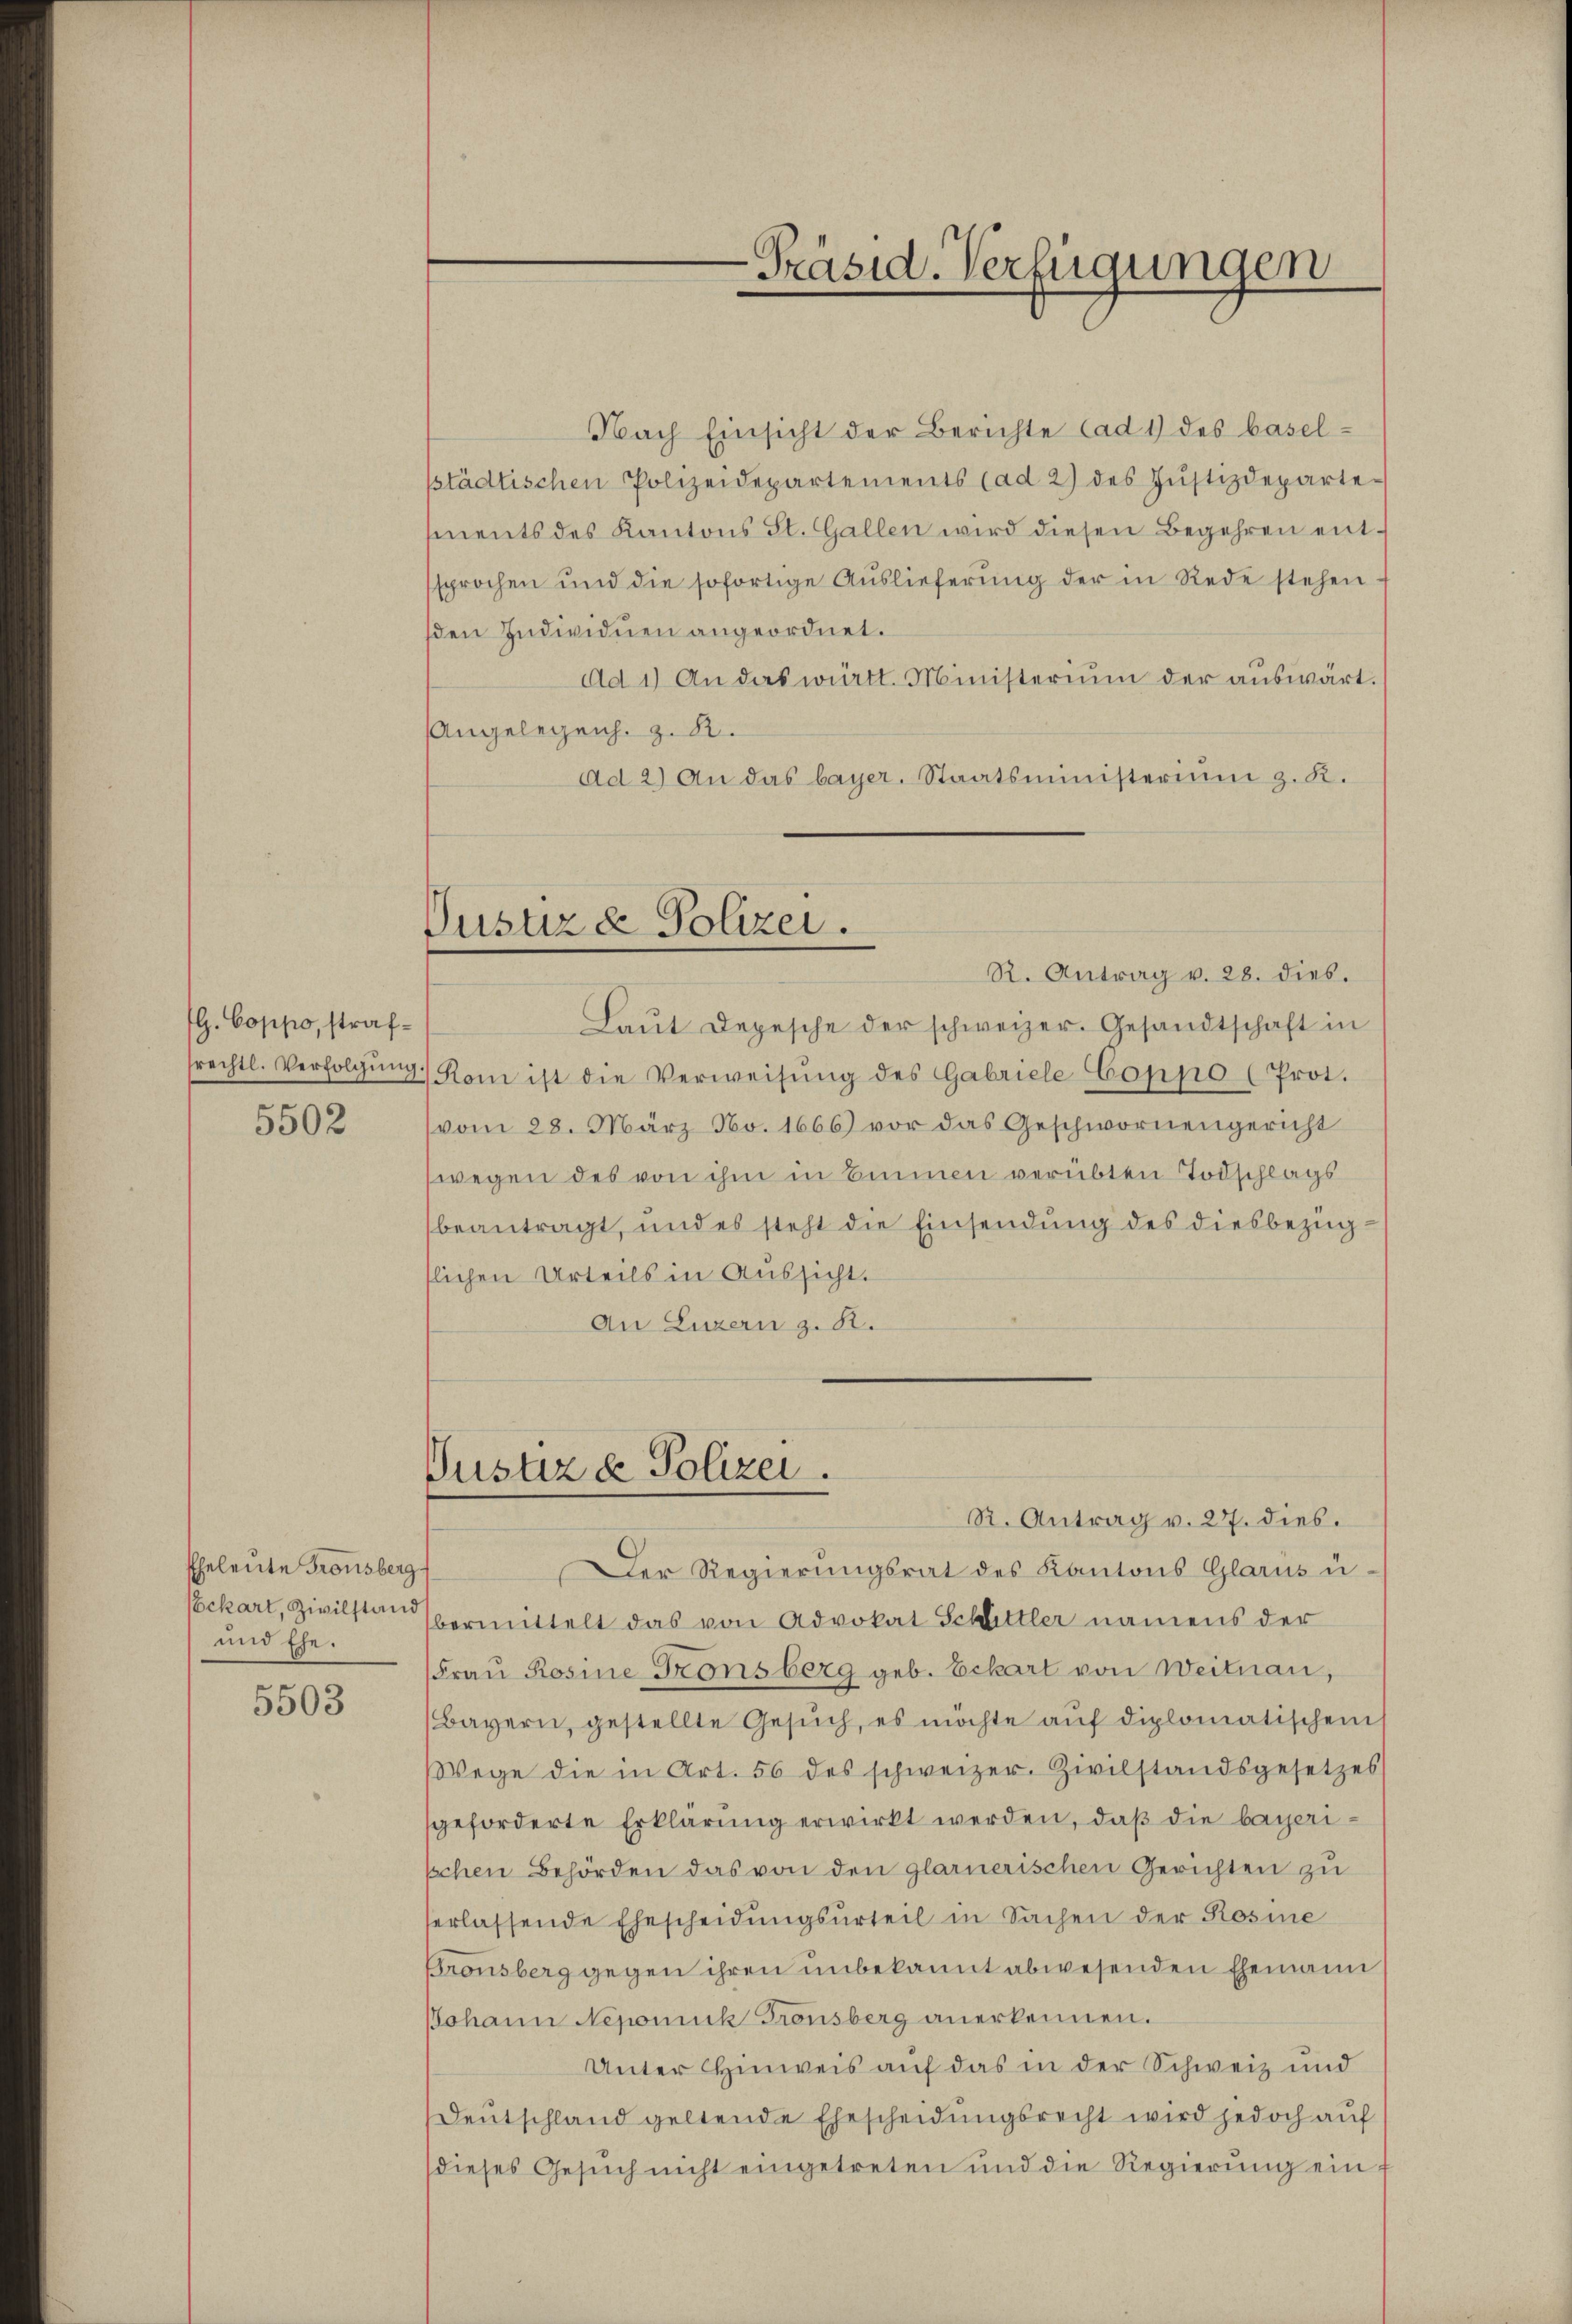
G. Coppo, straf¬
5502

Eheleute Fronsberg
und Ehe.

5503

Nach Einsicht der Berichte ad 1) des baselptädtischen Polizeidepartements (ad 2) des Jŭstizdeparte-
mments des Kantons St. Gallen wird diesen Begehren entsprochen und die sofortige Auslieferung der in Rede stehen
sden Individuen angeordnet.
Ad 1) An das württ. Ministerium der auswärt.
Angelegens. z. B.
Ad 2) An das bayer. Staatsministerium z. R.
Justiz & Polizei.
R. Antrag v. 28. dies.
Laŭt Depesche der schweizer. Gesandtschaft in
srechtl. Verfolgŭng: Rom ist die Verweisŭng des Gabriele Coppo (Prot.
vom 28. März No. 1666) vor das Geschwornengericht
wegen des von ihm in Einnen verübten Todschlags
beantragt, und es steht die Einsendung des diesbezug
slichen Urteils in Aussicht.
An Luzern z. B.

-Präsid. Verfügungen

Pustiz & Polizei.
R. Antrag v. 27. dies.

Der Regierungsrat des Kantons Glarus u
ckart, Zivilstan vermittelt das von Advokat Schlittler namens der
Frau Rosine Fronsberg geb. Eckart von Weitnau,
(Bayern, gestellte Gesŭch, es möchte aŭf diplomatischen
Wege die in Art. 56 des schweizer. Zivilstandsgesetzes
sgeforderte Erklärung erwirkt werden, daß die bayeripchen Behörden das von den glarnerischen Gerichten zu
erlassende Ehescheidungsurteil in Sachen der Rosine
Pronsberg gegen ihren unbekannt abwesenden Ehemann
Johann Nepomuck Fronsberg anerkennen.
Unter Hinweis auf das in der Schweiz und
Deutschland geltende Ehescheidungsrecht wird jedoch auf
(dieses Gesŭch nicht eingetreten und die Regierŭng ein¬